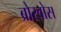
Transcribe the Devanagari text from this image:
ब्रोरवोस